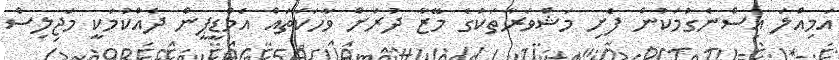
އަމިއްލަ އިސްނެގުމަކުން ފެށި މަޝްވަރާތަކުގެ މޭޒާ ދުރަށް ވާހަކަތައް އެމްޑީޕީން ދެއްކުމަކީ މަޖިލިސް